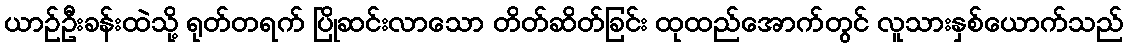
ယာဉ်ဦးခန်းထဲသို့ ရုတ်တရက် ပြိုဆင်းလာသော တိတ်ဆိတ်ခြင်း ထုထည်အောက်တွင် လူသားနှစ်ယောက်သည်